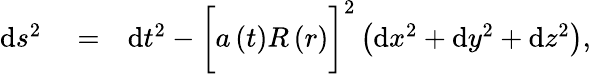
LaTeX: \begin{array}{rlr}{\mathrm{d}s^{2}}&{{}=}&{\mathrm{d}t^{2}-\bigg[a\left(t\right)R\left(r\right)\bigg]^{2}\left(\mathrm{d}x^{2}+\mathrm{d}y^{2}+\mathrm{d}z^{2}\right),}\end{array}